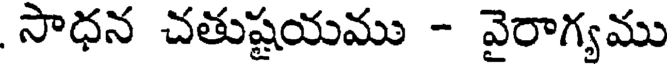
సాధన చతుష్టయము - వైరాగ్యము